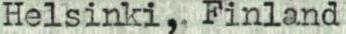
Helsinki, Finland